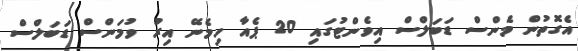
އެގޮތުން މެންސް ޑަބަލްސް އިވެންޓުގައި 20 ޕެއާ ހިމެނޭ އިރު ވުމަންސް ޑަބަލްސް